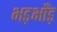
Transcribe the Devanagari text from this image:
भड़भाँड़